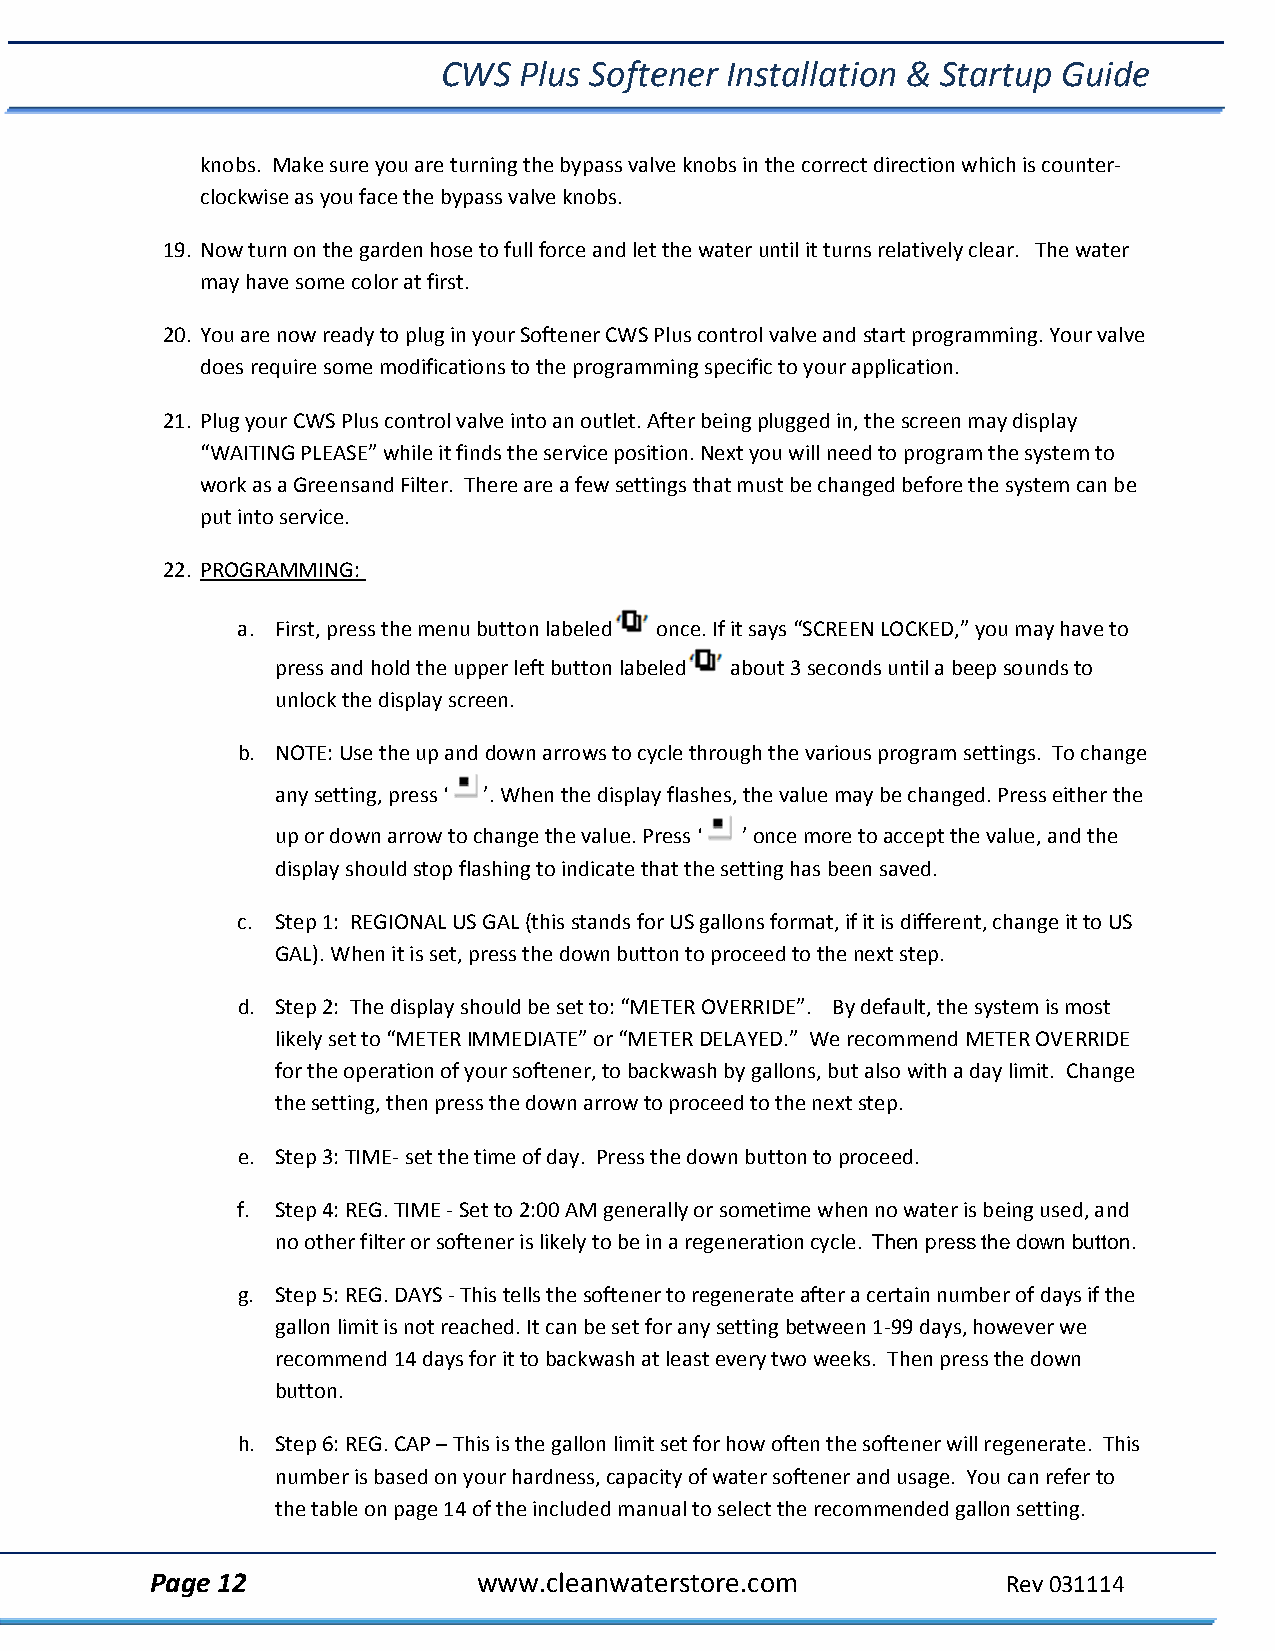
CWS  Plus Softener Installation & Startup Guide
 knobs. Make sure you are turning the bypass valve knobs in the correct direction which is counter‐
 clockwise as you face the bypass valve knobs.
 19. Now turn on the garden hose to full force and let the water until it turns relatively clear. The water
 may have some color at first.
 20. You are now ready to plug in your Softener CWS Plus control valve and start programming. Your valve
 does require some modifications to the programming specific to your application.
 21. Plug your CWS Plus control valve into an outlet. After being plugged in, the screen may display
 “WAITING PLEASE” while it finds the service position. Next you will need to program the system to
 work as a Greensand Filter. There are a few settings that must be changed before the system can be
 put into service.
 22. PROGRAMMING:
 a. First, press the menu button labeled once. If it says “SCREEN LOCKED,” you may have to
 press and hold the upper left button labeled about 3 seconds until a beep sounds to
 unlock the display screen.
 b. NOTE: Use the up and down arrows to cycle through the various program settings. To change
 any setting, press ‘ ’. When the display flashes, the value may be changed. Press either the
 up or down arrow to change the value. Press ‘ ’ once more to accept the value, and the
 display should stop flashing to indicate that the setting has been saved.
 c. Step 1: REGIONAL US GAL (this stands for US gallons format, if it is different, change it to US
 GAL). When it is set, press the down button to proceed to the next step.
 d. Step 2: The display should be set to: “METER OVERRIDE”. By default, the system is most
 likely set to “METER IMMEDIATE” or “METER DELAYED.” We recommend METER OVERRIDE
 for the operation of your softener, to backwash by gallons, but also with a day limit. Change
 the setting, then press the down arrow to proceed to the next step.
 e. Step 3: TIME‐ set the time of day. Press the down button to proceed.
 f. Step 4: REG. TIME ‐ Set to 2:00 AM generally or sometime when no water is being used, and
 no other filter or softener is likely to be in a regeneration cycle. Then press the down button.
 g. Step 5: REG. DAYS ‐ This tells the softener to regenerate after a certain number of days if the
 gallon limit is not reached. It can be set for any setting between 1‐99 days, however we
 recommend 14 days for it to backwash at least every two weeks. Then press the down
 button.
 h. Step 6: REG. CAP – This is the gallon limit set for how often the softener will regenerate. This
 number is based on your hardness, capacity of water softener and usage. You can refer to
 the table on page 14 of the included manual to select the recommended gallon setting.
 Page 12               www.cleanwaterstore.com            Rev 031114